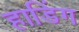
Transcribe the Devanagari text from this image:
हाडिंग